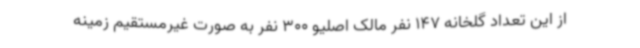
از این تعداد گلخانه 147 نفر مالک اصلیو 300 نفر به صورت غیرمستقیم زمینه